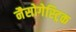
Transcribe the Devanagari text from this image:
नैसोगेस्ट्रिक